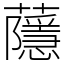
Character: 蘟